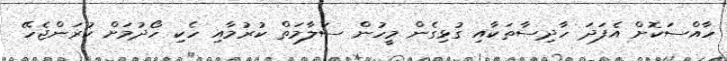
ހާއްސަކޮށް އެފަދަ ހާދިސާތަކާއި ގުޅިގެން މީހުން ސަލާމަތް ކުރުމާއި ހެކި ހޯދުމަށް ކުރަންޖެހޭ